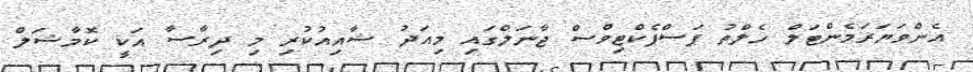
އެންވަޔަރަމެންޓަލް ހެލްތު ޕަސްޕެކްޓިވްސް ޖާނަލްގައި މިއަދު ޝާއިއުކުރި މި ދިރާސާ އަކީ ކޮމާޝަލް